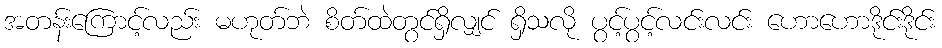
အတန်းကြောင့်လည်း မဟုတ်ဘဲ စိတ်ထဲတွင်ရှိလျှင် ရှိသလို ပွင့်ပွင့်လင်းလင်း ဟောဟောဒိုင်းဒိုင်း